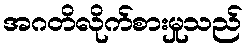
အဂတိလိုက်စားမှုသည်